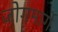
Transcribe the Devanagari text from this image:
जोगमार्गे